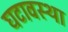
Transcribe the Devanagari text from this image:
घटावस्था